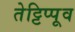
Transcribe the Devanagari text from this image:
तेट्टिप्पूव